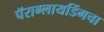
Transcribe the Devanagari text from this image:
पॅराग्लायडिंगचा